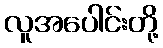
လူအပေါင်းတို့